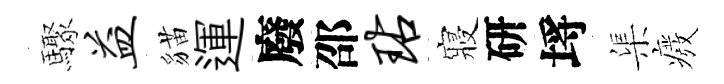
驟益貓運廢邵玷寢研埓渠癈